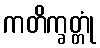
ကတိက္ခတ္တုံ